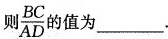
D则 \frac{BC}{AD} 的值为___.